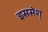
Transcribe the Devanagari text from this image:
इससेश्